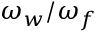
\omega _ { w } / \omega _ { f }